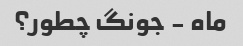
ماه - جونگ چطور؟